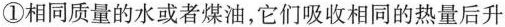
①相同质量的水或者煤油，它们吸收相同的热量后升